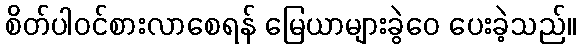
စိတ်ပါဝင်စားလာစေရန် မြေယာများခွဲဝေ ပေးခဲ့သည်။